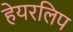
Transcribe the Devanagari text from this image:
हेयरलिप